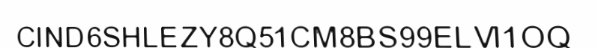
CIND6SHLEZY8Q51CM8BS99ELVI1OQ